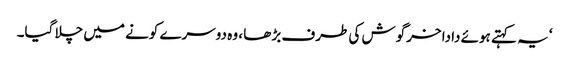
‘ یہ کہتے ہوئے دادا خرگوش کی طرف بڑھا ، وہ دوسرے کونے میں چلا گیا۔